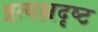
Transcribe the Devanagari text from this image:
प्रत्यक्षदृष्ट